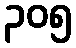
၃၀၅